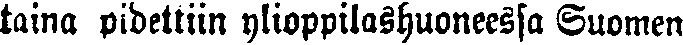
taina pidettiin ylioppilashuoneessa Suomen